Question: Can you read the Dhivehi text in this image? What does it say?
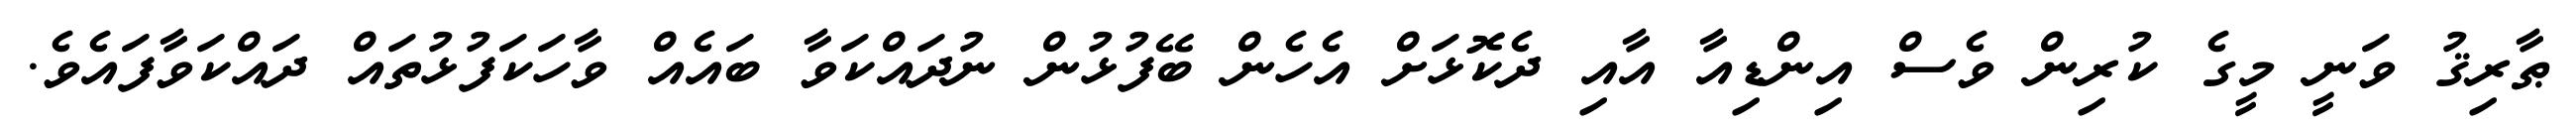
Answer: ޠާރިޤު ވަނީ މީގެ ކުރިން ވެސް އިންޑިއާ އާއި ދެކޮޅަށް އެހެން ބޭފުޅުން ނުދައްކަވާ ބައެއް ވާހަކަފުޅުތައް ދައްކަވާފައެވެ.